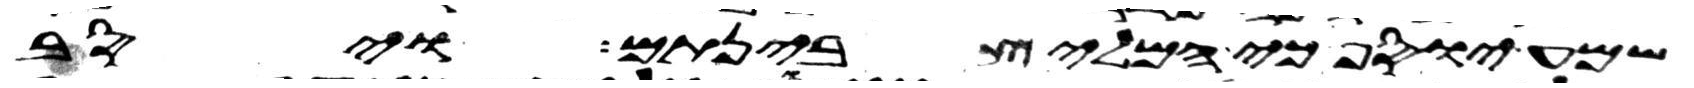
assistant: שמע יוסף כי המליץ בינתם ויסב